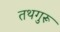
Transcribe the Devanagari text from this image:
तथगुरू